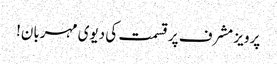
پرویز مشرف پرقسمت کی دیوی مہربان!